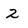
Character: 2